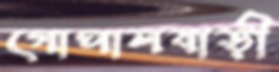
গোপালবাড়ী